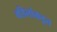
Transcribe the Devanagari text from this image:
वडिलांकडूच